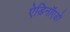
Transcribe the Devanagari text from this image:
ऐडिनॉएडों